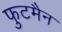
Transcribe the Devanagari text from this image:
फुटमैन